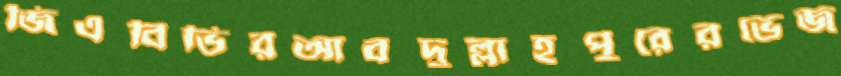
জিএবিভিরআবদুল্লাহপুরেরভেজ